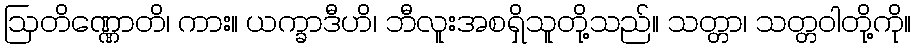
ဩတိဏ္ဏောတိ၊ ကား။ ယက္ခာဒီဟိ၊ ဘီလူးအစရှိသူတို့သည်။ သတ္တာ၊ သတ္တဝါတို့ကို။